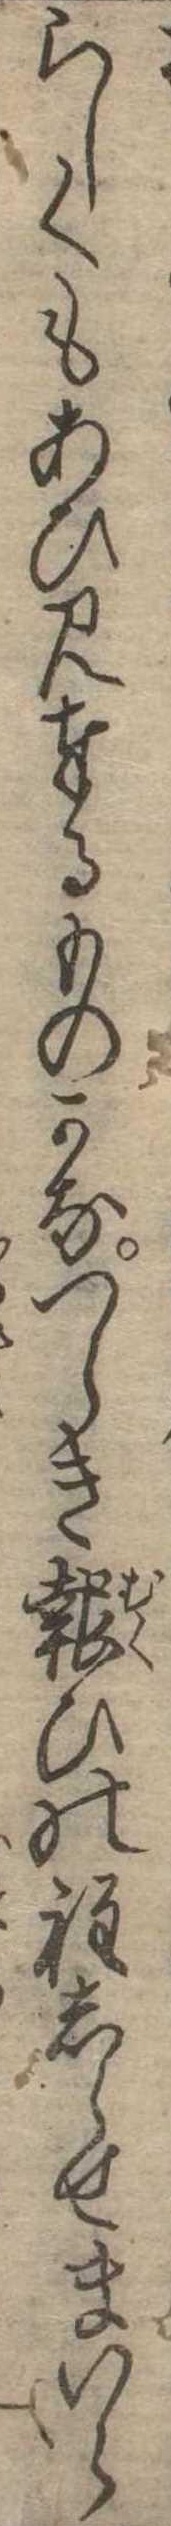
らしくもあひ見奉るものかなつらき報ひの程しらせまいら